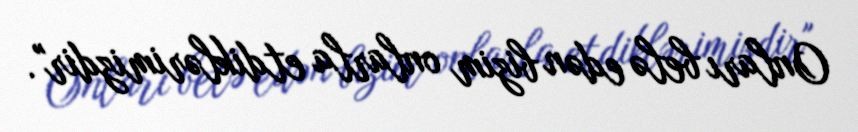
Onları belə edən bizim onlarla etdiklərimizdir".